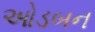
ઓડબન